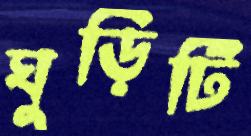
ঘুড়িটি